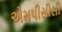
એમપીસીસી